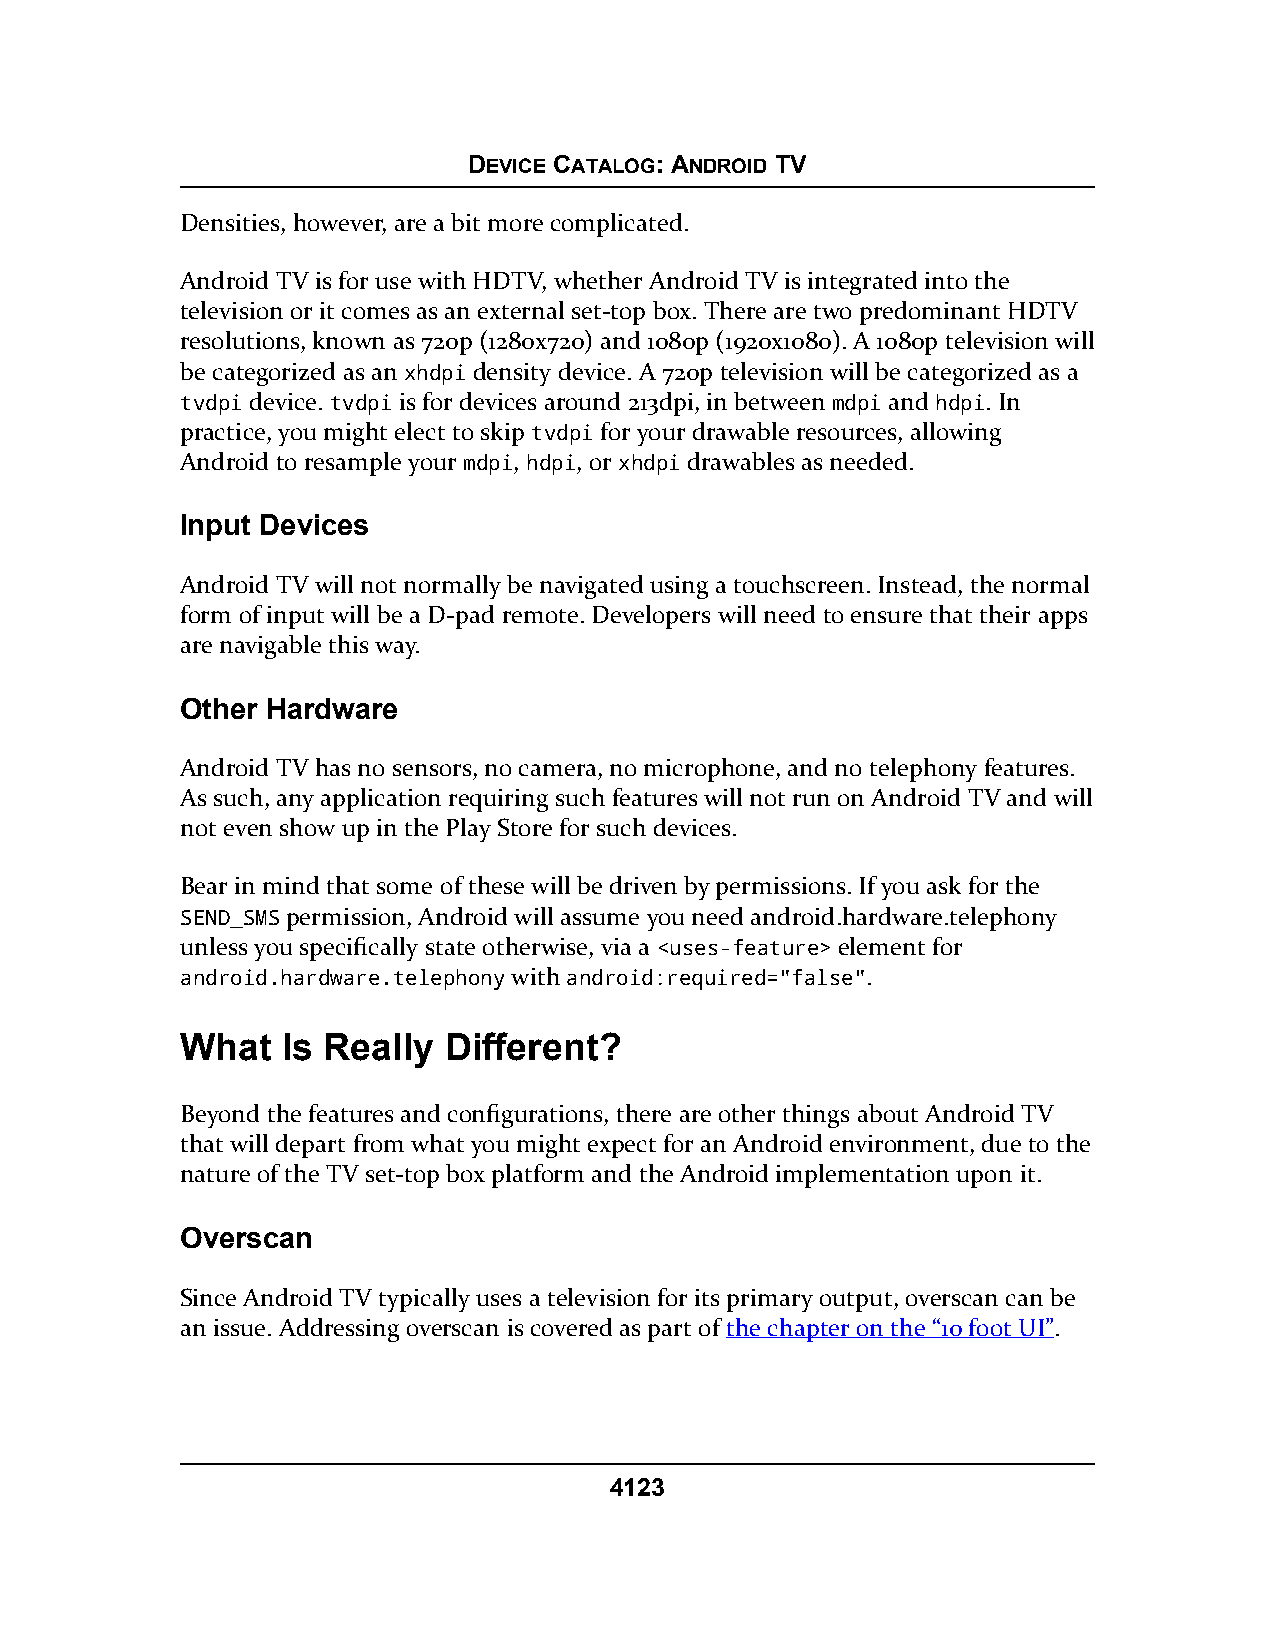
DEVICE CATALOG: ANDROID TV
 Densities, however, are a bit more complicated.
 Android TV is for use with HDTV, whether Android TV is integrated into the
 television or it comes as an external set-top box. There are two predominant HDTV
 resolutions, known as 720p (1280x720) and 1080p (1920x1080). A 1080p television will
 be categorized as an xhdpi density device. A 720p television will be categorized as a
 tvdpi device. tvdpi is for devices around 213dpi, in between mdpi and hdpi. In
 practice, you might elect to skip tvdpi for your drawable resources, allowing
 Android to resample your mdpi, hdpi, or xhdpi drawables as needed.
 Input Devices
 Android TV will not normally be navigated using a touchscreen. Instead, the normal
 form of input will be a D-pad remote. Developers will need to ensure that their apps
 are navigable this way.
 Other Hardware
 Android TV has no sensors, no camera, no microphone, and no telephony features.
 As such, any application requiring such features will not run on Android TV and will
 not even show up in the Play Store for such devices.
 Bear in mind that some of these will be driven by permissions. If you ask for the
 SEND_SMS permission, Android will assume you need android.hardware.telephony
 unless you specifically state otherwise, via a <uses-feature> element for
 android.hardware.telephony with android:required="false".
 What   Is Really Different?
 Beyond the features and configurations, there are other things about Android TV
 that will depart from what you might expect for an Android environment, due to the
 nature of the TV set-top box platform and the Android implementation upon it.
 Overscan
 Since Android TV typically uses a television for its primary output, overscan can be
 an issue. Addressing overscan is covered as part of the chapter on the “10 foot UI”.
 4123